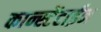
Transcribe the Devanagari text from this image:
कान्स्टेंटाईन